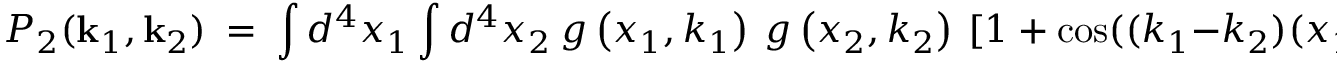
P _ { 2 } ( { \bf k } _ { 1 } , { \bf k } _ { 2 } ) \ = \ \int d ^ { 4 } x _ { 1 } \int d ^ { 4 } x _ { 2 } \ g \left( x _ { 1 } , k _ { 1 } \right) \ g \left( x _ { 2 } , k _ { 2 } \right) \ [ 1 \ + \ \cos ( ( k _ { 1 } - k _ { 2 } ) ( x _ { 1 } - x _ { 2 } ) ) ] ,